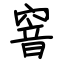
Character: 窨